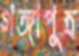
গঙ্গাপুত্র